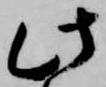
此